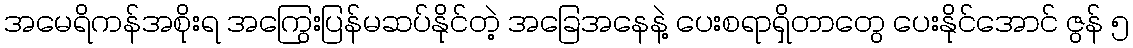
အမေရိကန်အစိုးရ အကြွေးပြန်မဆပ်နိုင်တဲ့ အခြေအနေနဲ့ ပေးစရာရှိတာတွေ ပေးနိုင်အောင် ဇွန် ၅